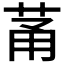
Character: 𫈏